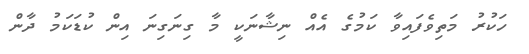
ހަކުރު މަތިވެފައިވާ ކަމުގެ އެއް ނިޝާނަކީ މާ ގިނަގިނަ އިން ކުޑަކަމު ދާން